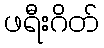
ဖရီးဂိတ်